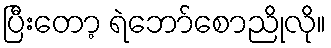
ပြီးတော့ ရဲဘော်စောညိုလို။